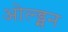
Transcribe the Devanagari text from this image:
ओल्ड्मन